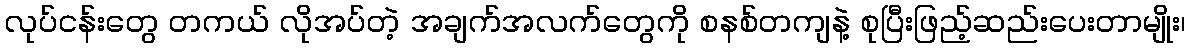
လုပ်ငန်းတွေ တကယ် လိုအပ်တဲ့ အချက်အလက်တွေကို စနစ်တကျနဲ့ စုပြီးဖြည့်ဆည်းပေးတာမျိုး၊